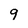
Character: 9